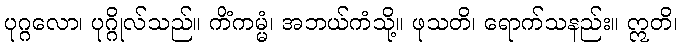
ပုဂ္ဂလော၊ ပုဂ္ဂိုလ်သည်။ ကိံကမ္မံ၊ အဘယ်ကံသို့။ ဖုသတိ၊ ရောက်သနည်း။ ဣတိ၊